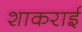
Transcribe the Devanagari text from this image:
शाकराई